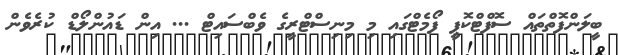
ބީލަންފޮތްތައް ސޮފްޓްކޮޕީ ފޯމެޓްގައި މި މިނިސްޓްރީގެ ވެބްސައިޓް ... އިން ޑައުންލޯޑް ކުރެވެން